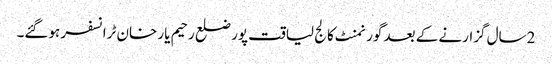
2سال گزارنے کے بعد گورنمنٹ کالج لیاقت پور ضلع رحیم یار خان ٹرانسفر ہوگئے۔